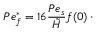
P e _ { f } ^ { \ast } = 1 6 \frac { P e _ { s } } { \tilde { H } } f ( 0 ) \, \cdot